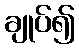
ချုပ်၍